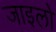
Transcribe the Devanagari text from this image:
जाइलो